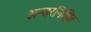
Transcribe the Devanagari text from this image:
अन्तरनिहित